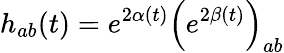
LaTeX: h_{ab}(t)=e^{2\alpha(t)}\left(e^{2\beta(t)}\right)_{ab}